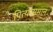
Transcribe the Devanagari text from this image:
पित्यासमान